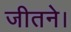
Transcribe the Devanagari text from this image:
जीतने।